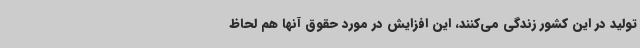
تولید در این کشور زندگی می‌کنند، این افزایش در مورد حقوق آنها هم لحاظ